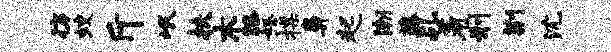
彷蛟斤岷扶木膝怒揲鼻起潮藤乩着刑荆沈